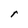
Character: r